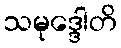
သမုဒ္ဒေါတိ